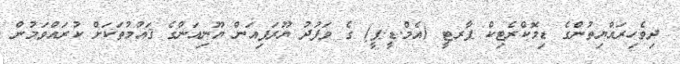
ދިވެހިރައްޔިތުންގެ ޑިމޮކްރެޓިކް ޕާރޓީ (އެމް.ޑީ.ޕީ) ގެ ވަފުދު ޔޫރަޕިއަން ޔޫނިއަންގެ ޤައުމުތަކަށް ކުރައްވަމުން